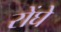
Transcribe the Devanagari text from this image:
रोंघे